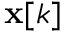
\mathbf { x } [ k ]